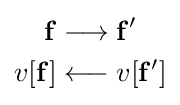
{\begin{aligned}\mathbf {f} &\longrightarrow \mathbf {f'} \\v[\mathbf {f} ]&\longleftarrow v[\mathbf {f'} ]\end{aligned}}